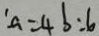
: a = 4 b : 6